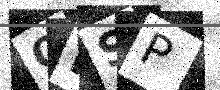
Text: QMSP